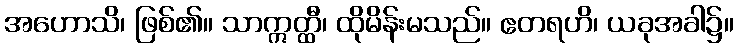
အဟောသိ၊ ဖြစ်၏။ သာဣတ္ထီ၊ ထိုမိန်းမသည်။ ဧတရဟိ၊ ယခုအခါ၌။